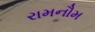
રામનૌમ